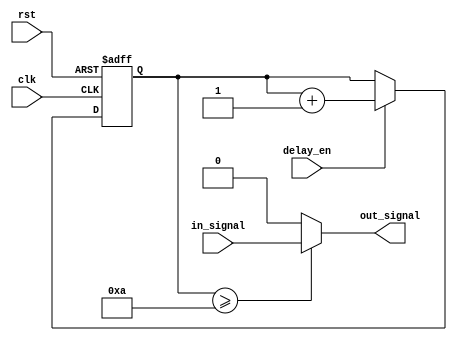
module rc_delay (
    input wire clk,
    input wire rst,
    input wire delay_en,
    input wire in_signal,
    output reg out_signal
);

parameter DELAY = 10; // Define the delay in clock cycles

reg [31:0] counter;

always @ (posedge clk or posedge rst)
begin
    if (rst)
        counter <= 0;
    else if (delay_en)
        counter <= counter + 1;
end

always @*
begin
    if (counter >= DELAY)
        out_signal <= in_signal;
    else
        out_signal <= 0;
end

endmodule